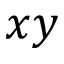
x y